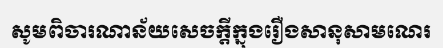
សូមពិចារណាន័យសេចក្តីក្នុងរឿងសានុសាមណេរ